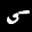
Label: 5